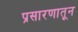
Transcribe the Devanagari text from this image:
प्रसारणातून